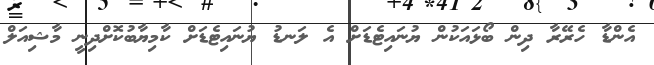
އެންޑާ ހެރޭރާ ދިން ބޯޅައަކުން ޔުނައިޓެޑަށް އެ ލަނޑު ޔުނައިޓެޑަށް ކާމިޔާބުކޮށްދިނީ މާޝިއަލް